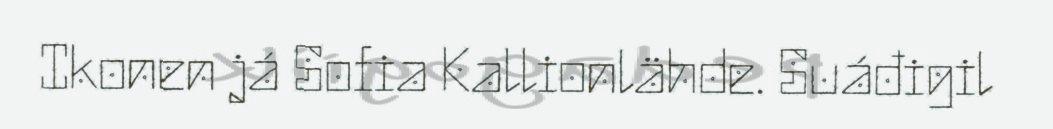
Ikonen já Sofia Kallionlähde. Suáđigil